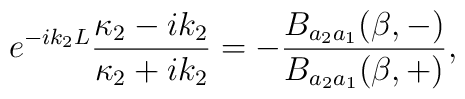
e^{-ik_2L}\frac{\kappa_2-ik_2}{\kappa_2+ik_2}=-\frac{B_{a_2a_1}(\beta, -)}{B_{a_2a_1}(\beta, +)} ,